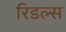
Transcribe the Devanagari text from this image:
रिडल्स